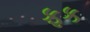
ફક